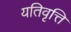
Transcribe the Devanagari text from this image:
यतिवृत्ति